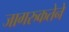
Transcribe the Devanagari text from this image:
जागरुकतेने